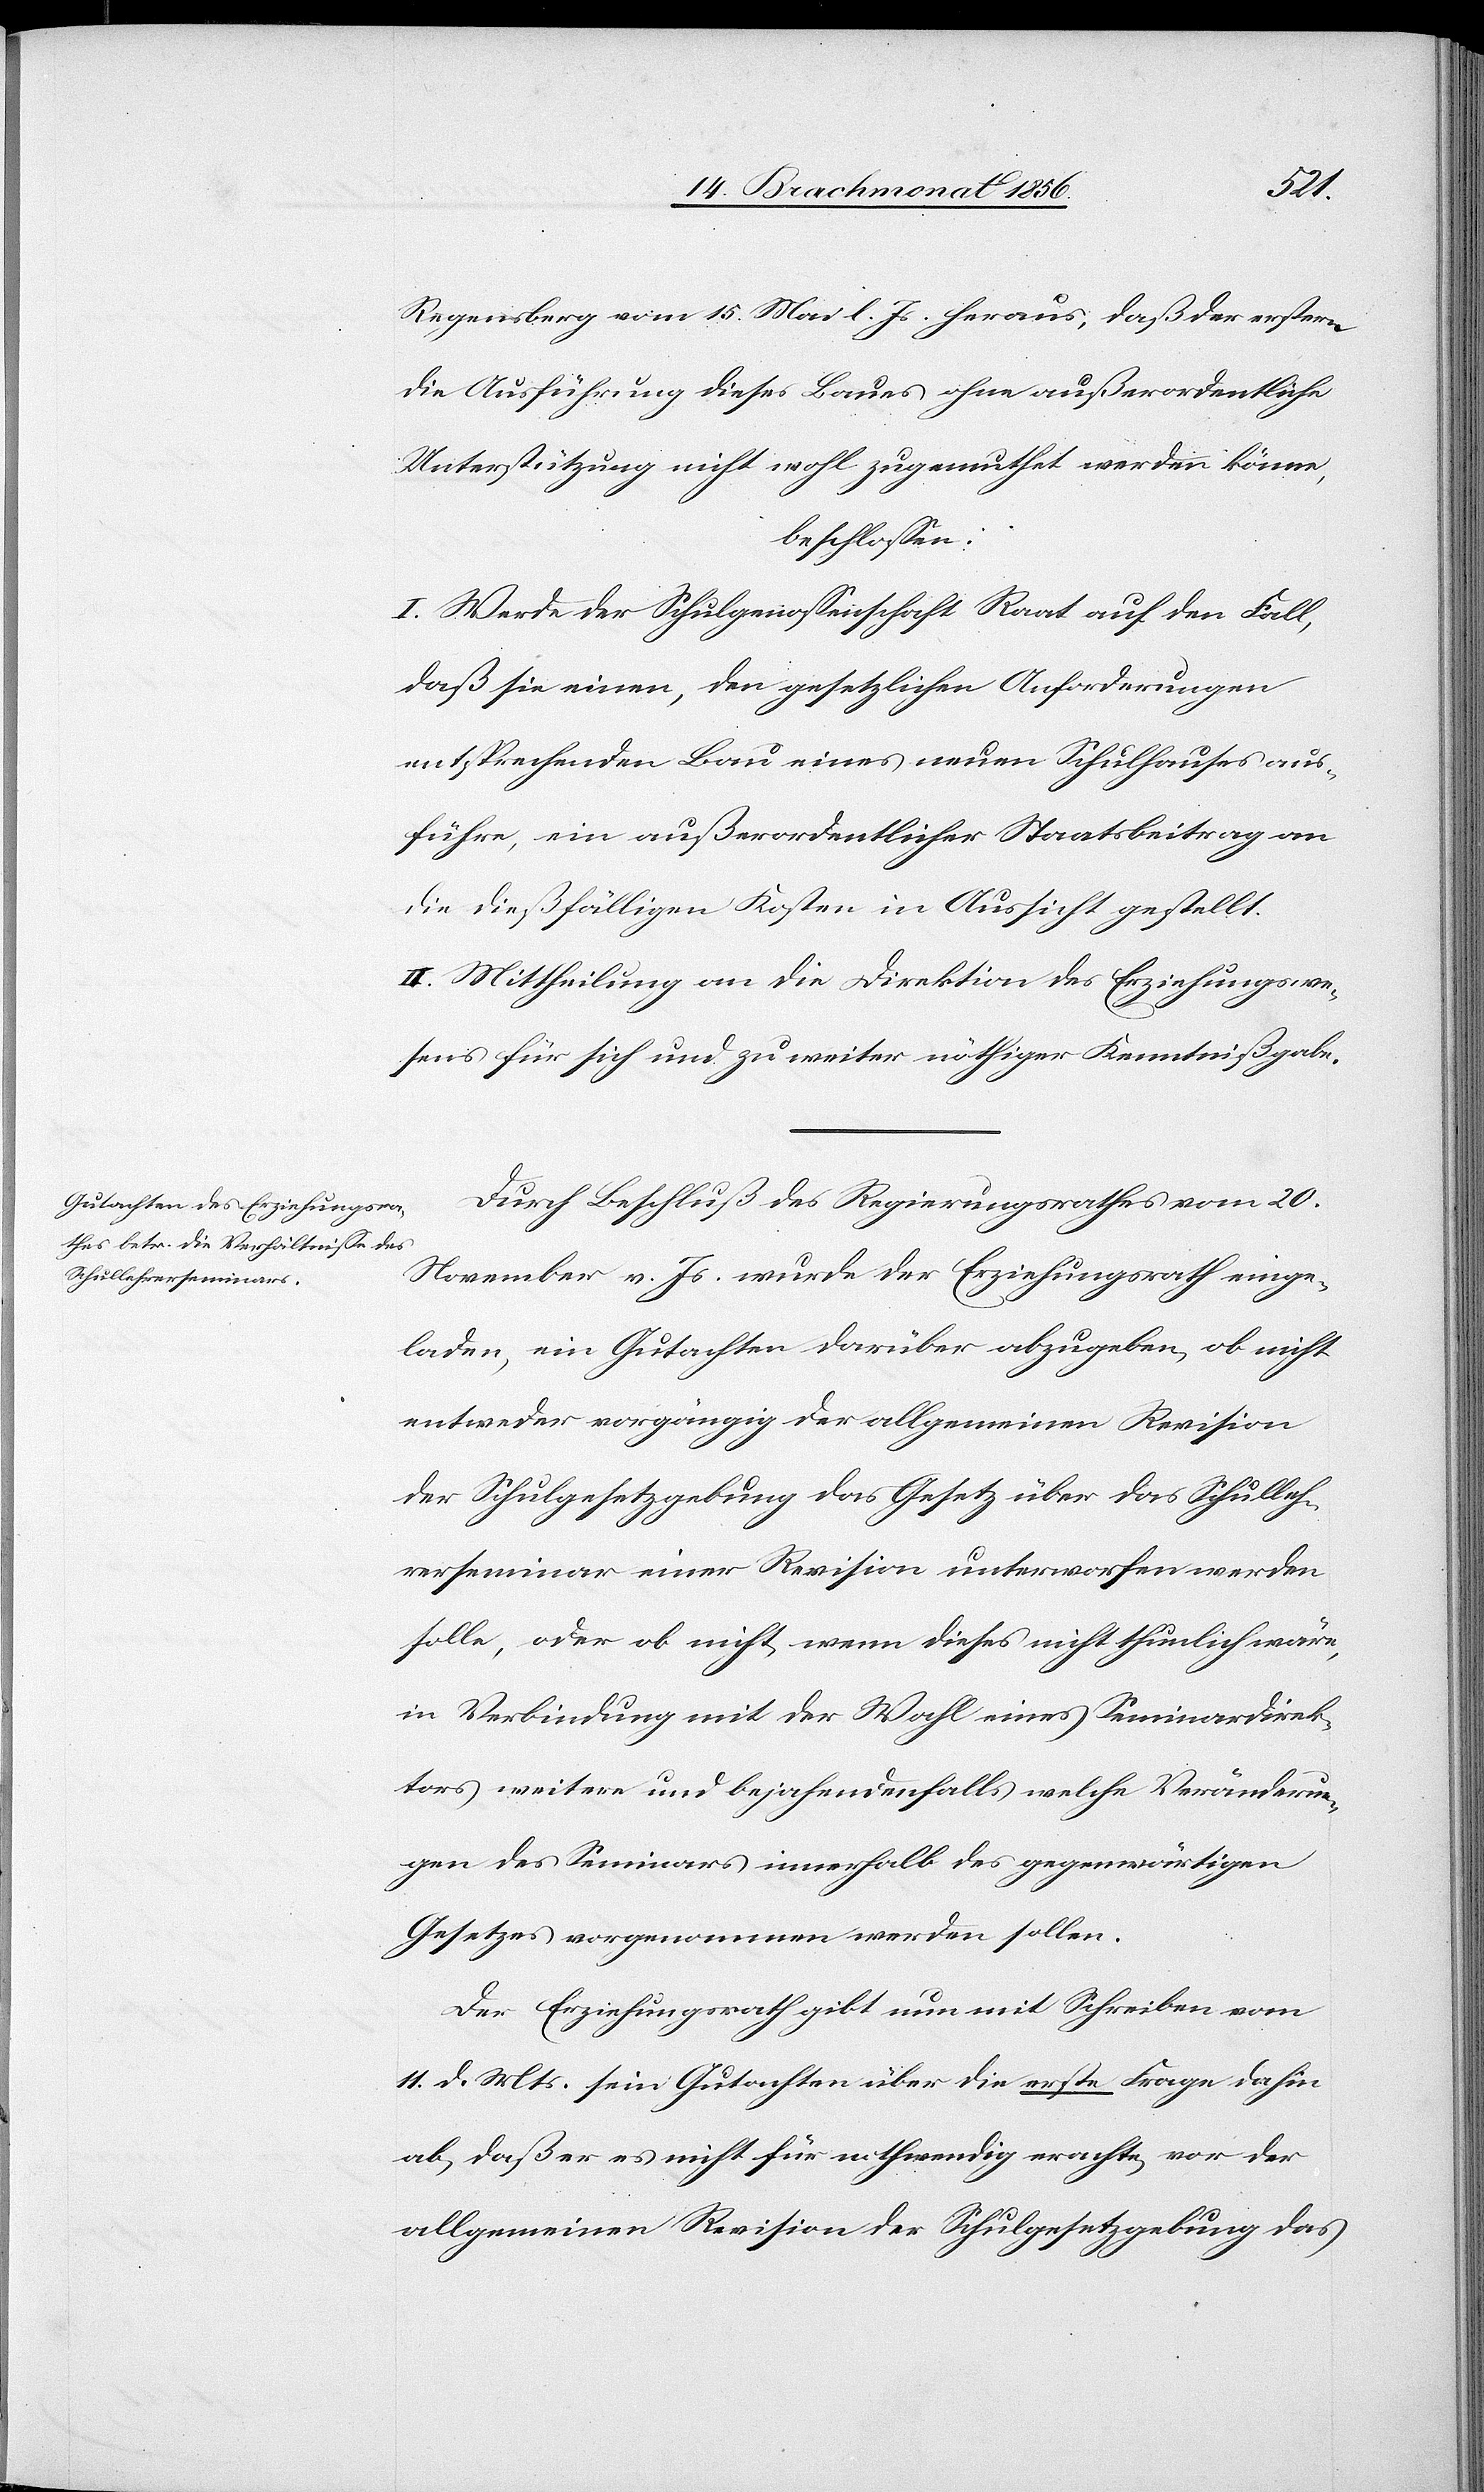
Regensberg vom 15. Mai l. Js. heraus, daß der erstern
die Ausführung dieses Baues ohne außerordentliche
Unterstützung nicht wohl zugemuthet werden könne,
beschlossen:
I. Werde der Schulgenossenschaft Raat auf den Fall,
daß sie einen, den gesetzlichen Anforderungen
entsprechenden Bau eines neuen Schulhauses aus¬
führe, ein außerordentlicher Staatsbeitrag an
die dießfälligen Kosten in Aussicht gestellt.
II. Mittheilung an die Direktion des Erziehungswe¬
sens für sich und zu weiter nöthiger Kenntnißgabe.
Durch Beschluß des Regierungsrathes vom 20.
November v. Js. wurde der Erziehungsrath einge¬
laden, ein Gutachten darüber abzugeben, ob nicht
entweder vorgängig der allgemeinen Revision
der Schulgesetzgebung das Gesetz über das Schulleh¬
rerseminar einer Revision unterworfen werden
solle, oder ob nicht, wenn dieses nicht thunlich wäre,
in Verbindung mit der Wahl eines Seminardirek¬
tors weitere und bejahendenfalls welche Veränderun¬
gen des Seminars innerhalb des gegenwärtigen
Gesetzes vorgenommen werden sollen.
Der Erziehungsrath gibt nun mit Schreiben vom
11. d. Mts. sein Gutachten über die erste Frage dahin
ab, daß er es nicht für nothwendig erachte, vor der
allgemeinen Revision der Schulgesetzgebung das